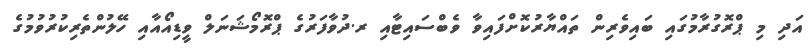
އަދި މި ޕްރޮގުރާމުގައި ބައިވެރިން ތައްޔާރުކޮށްފައިވާ ވެބްސައިޓާއި ރ.ދުވާފަރުގެ ޕްރޮމޯޝަނަލް ވީޑިއޯއާއި ހޭލުންތެރިކުރުވުމުގެ